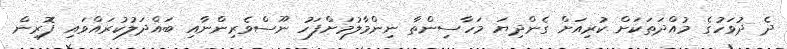
ދެ ދުވަހުގެ މުއްދަތަކަށް ކުރިއަށް ގެންދިޔަ މަހާސިންތާ ނިންމާލުމަށްފަހު ނޫސްވެރިންނާއި ބައްދަލުކުރައްވައި ފޮރިން